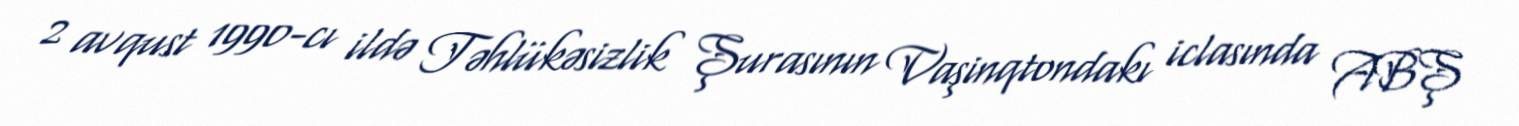
2 avqust 1990-cı ildə Təhlükəsizlik Şurasının Vaşinqtondakı iclasında ABŞ